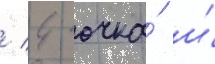
/ 4 очка́ и́